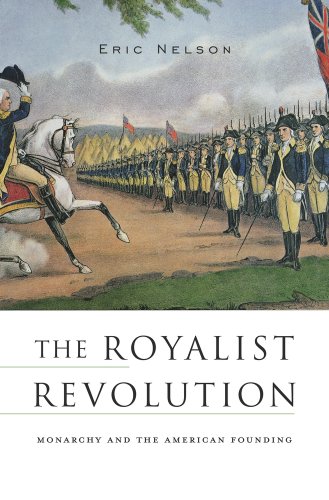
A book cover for The Royalist Revolution: Monarchy and the American Founding; Eric Nelson; History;